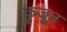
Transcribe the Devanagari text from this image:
कुजून